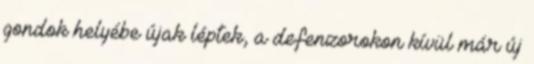
gondok helyébe újak léptek, a defenzorokon kívül már új